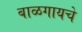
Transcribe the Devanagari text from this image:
बाळगायचे